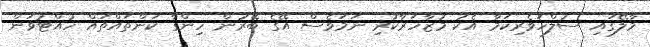
މާލޭގައި ސުލްހަވެރިކަމާ އެކު މުޒާހަރާކުރި ނަމަވެސް އޭގެ ބޭރުން ހިންގާ ކަންތައްތައް ހުއްޓުވަން